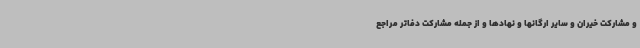
و مشارکت خیران و سایر ارگانها و نهادها و از جمله مشارکت دفاتر مراجع